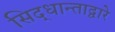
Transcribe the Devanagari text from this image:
सिद्धान्ताद्वारे